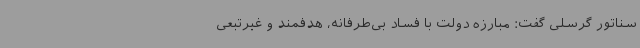
سناتور گرسلی گفت: مبارزه دولت با فساد بی‌طرفانه، هدفمند و غیرتبعی